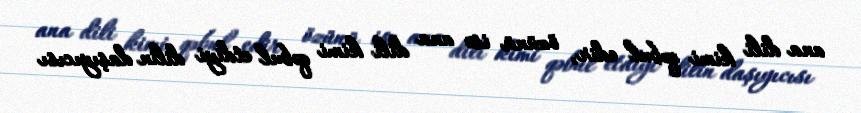
ana dili kimi qəbul edir, özünü isə ana dili kimi qəbul etdiyi dilin daşıyıcısı